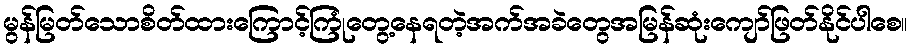
မွန်မြတ်သောစိတ်ထားကြောင့်ကြုံတွေ့နေရတဲ့အက်အခဲတွေအမြန်ဆုံးကျော်ဖြတ်နိုင်ပါစေ။